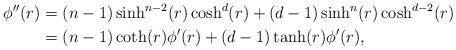
LaTeX: \begin{align*}\phi''(r)&=(n-1)\sinh^{n-2}(r)\cosh^d(r)+(d-1)\sinh^n(r)\cosh^{d-2}(r)\\&=(n-1)\coth(r)\phi'(r)+(d-1)\tanh(r)\phi'(r),\end{align*}